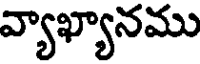
వ్యాఖ్యానము